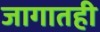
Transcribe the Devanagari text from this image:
जागातही